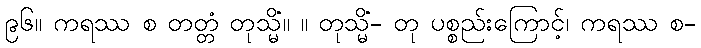
၉၆။ ကရဿ စ တတ္တံ တုသ္မိံ။ ။ တုသ္မိံ- တု ပစ္စည်းကြောင့်၊ ကရဿ စ-